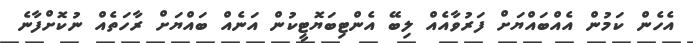
އެހެން ކަމުން އެއްބައްޔަށް ފަރުވާއެއް ލިބޭ އެންޓިބަޔޮޓީކުން އަނެއް ބައްޔަށް ރާހަތެއް ނުކޮށްފާނެ